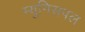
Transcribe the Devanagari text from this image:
म्युनिसपल